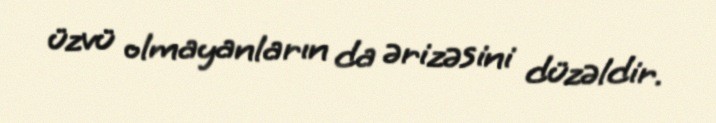
üzvü olmayanların da ərizəsini düzəldir.